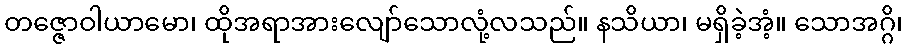
တဇ္ဇောဝါယာမော၊ ထိုအရာအားလျော်သောလုံ့လသည်။ နသိယာ၊ မရှိခဲ့အံ့။ သောအဂ္ဂိ၊